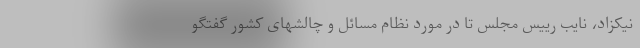
نیکزاد، نایب رییس مجلس تا در مورد نظام مسائل و چالشهای کشور گفتگو